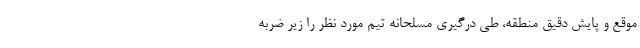
موقع و پایش دقیق منطقه، طی درگیری مسلحانه تیم مورد نظر را زیر ضربه